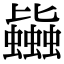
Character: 𧔯